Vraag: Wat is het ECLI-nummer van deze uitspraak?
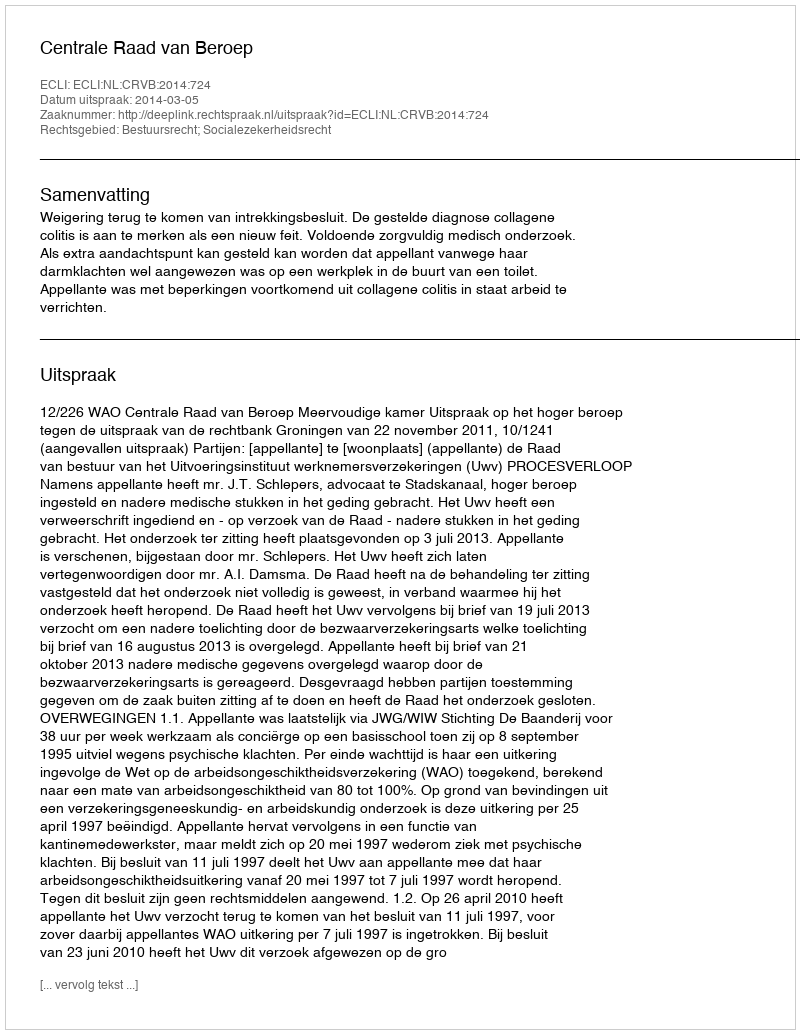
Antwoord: ECLI:NL:CRVB:2014:724